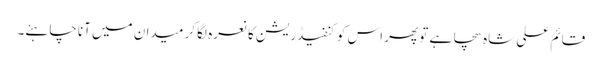
قائم علی شاہ سچا ہے تو پھر اس کو کنفیڈریشن کا نعرہ لگا کر میدان میں آنا چاہئے۔